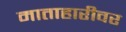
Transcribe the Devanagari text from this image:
माताहारीवर